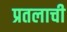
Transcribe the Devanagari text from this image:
प्रतलाची